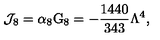
{ \cal J } _ { 8 } = \alpha _ { 8 } \mathrm { G } _ { 8 } = - \frac { 1 4 4 0 } { 3 4 3 } \Lambda ^ { 4 } ,